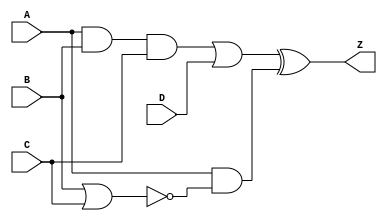
module HW1_comb_gatelevel(Z,A,B,C,D);

    output Z;
    input A,B,C,D;

    wire w1, w2, w3, w4;

	and   #(5)  (w1,A,B,C);
	or    #(5)  (w2, w1, D);
	nor   #(5)  (w4, B, C);
	nand  #(5)  (w3, A , w4);
	not   #(2)  (w5,w3);
	xor   #(5)  (Z, w2, w5);
endmodule